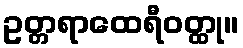
ဥတ္တရာထေရီဝတ္ထု။